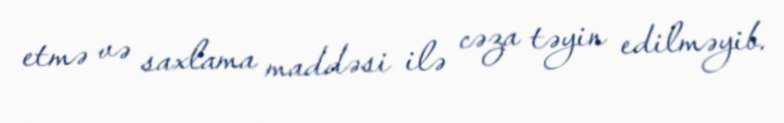
etmə və saxlama maddəsi ilə cəza təyin edilməyib.